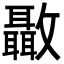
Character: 𣀳